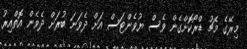
މިރޭގެ މެޗު ޑްރޯކޮށްގެން ވެސް ޔުވެންޓަސް އަށް ދެވަނަ ބުރަށް ދެވެން އޮތްއިރު